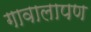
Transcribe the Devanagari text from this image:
गावालापण